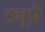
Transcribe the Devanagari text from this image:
ड्यूप्रे